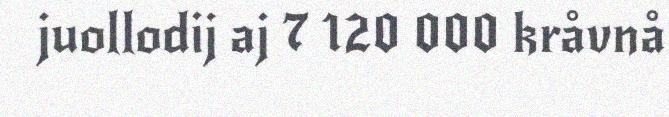
juollodij aj 7 120 000 kråvnå